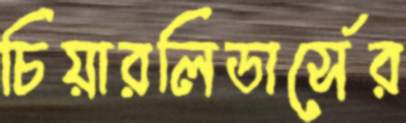
চিয়ারলিডার্সের